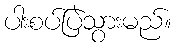
ပါးစပ်ပြဲသွားမည်။